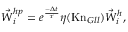
{ \vec { W } } _ { i } ^ { h p } = e ^ { \frac { - \Delta t } { \tau } } \eta ( \mathrm { { K n } } _ { G l l } ) { \vec { W } } _ { i } ^ { h } ,